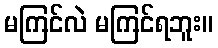
မကြင်လဲ မကြင်ရဘူး။